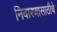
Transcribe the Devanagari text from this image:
निवारणासाठीचे